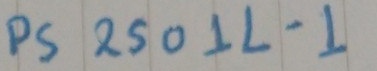
Text: NEC PS2501L